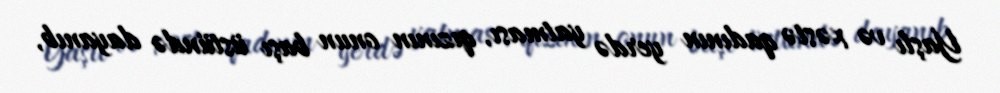
Yaşlı və xəstə qadının yerdə yatması, qızının onun başı üstündə dayanıb,